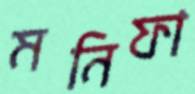
মনিফা